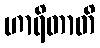
ဟာရိတာတိ